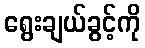
ရွေးချယ်ခွင့်ကို